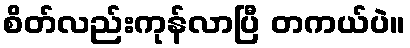
စိတ်လည်းကုန်လာပြီ တကယ်ပဲ။